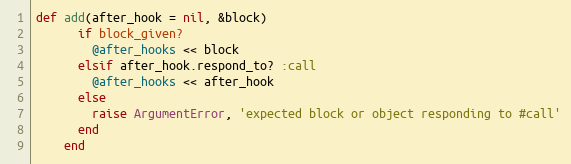
Language: Ruby
def add(after_hook = nil, &block)
      if block_given?
        @after_hooks << block
      elsif after_hook.respond_to? :call
        @after_hooks << after_hook
      else
        raise ArgumentError, 'expected block or object responding to #call'
      end
    end